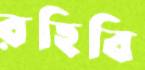
রহিবি